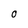
Character: O